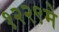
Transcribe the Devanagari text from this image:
१२२९मे